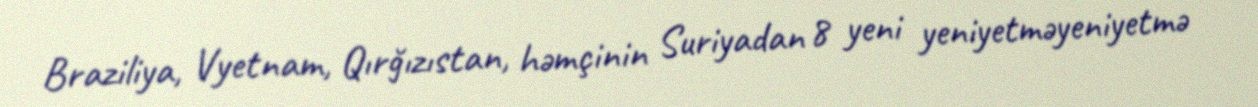
Braziliya, Vyetnam, Qırğızıstan, həmçinin Suriyadan 8 yeni yeniyetməyeniyetmə